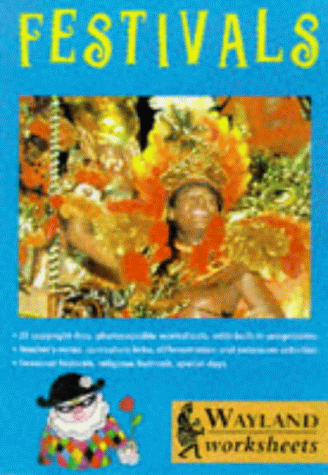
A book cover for Festivals: Wayland Worksheets; Albany Bilbe; Children's Books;